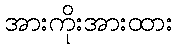
အားကိုးအားထား